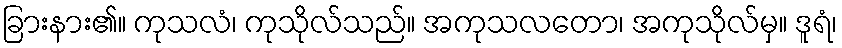
ခြားနား၏။ ကုသလံ၊ ကုသိုလ်သည်။ အကုသလတော၊ အကုသိုလ်မှ။ ဒူရံ၊